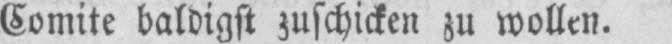
Comite baldigst zuschicken zu wollen.